Annual report of the Punjab Veterinary College and of the Civil Veterinary Department, Punjab - 1926-1932
Year: 1926
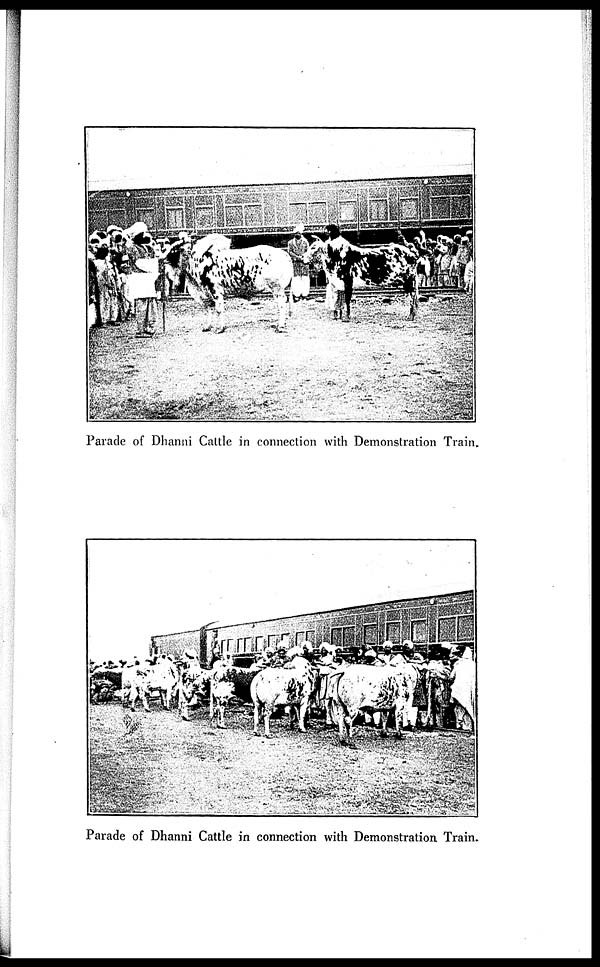
Parade of Dhanni Cattle in connection with Demonstration Train,
Parade of Dhanni Cattle in connection with Demonstration Train.